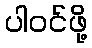
ပါဝင်ဖို့